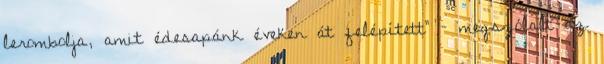
lerombolja, amit édesapánk éveken át felépített” – megszólalt az